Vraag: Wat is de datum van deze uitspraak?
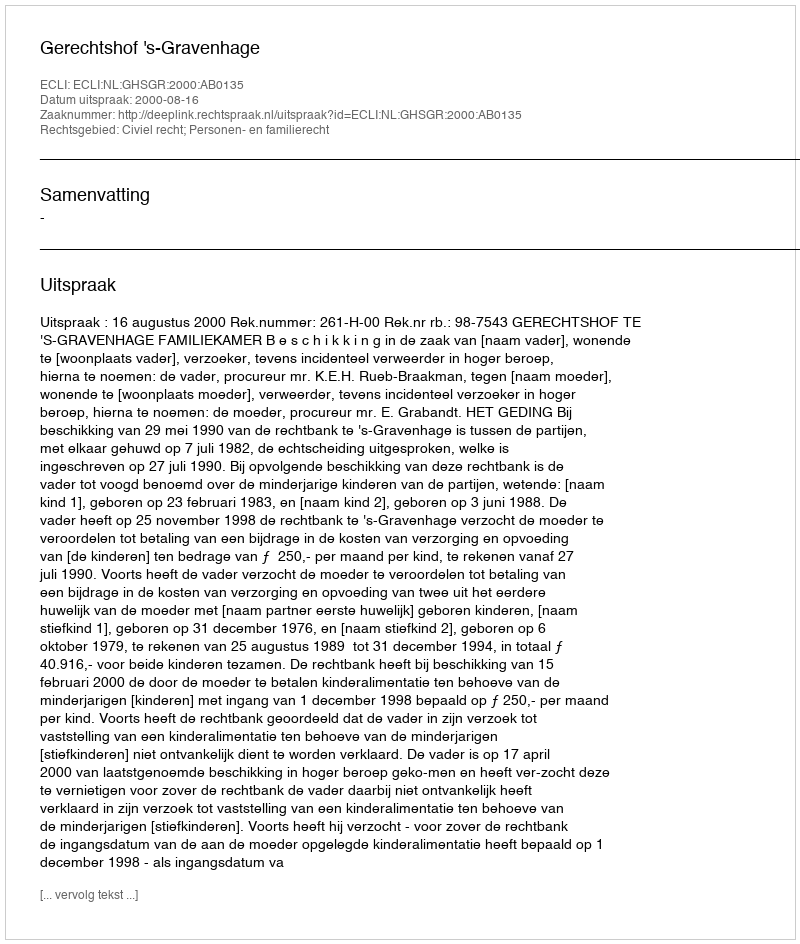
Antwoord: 2000-08-16